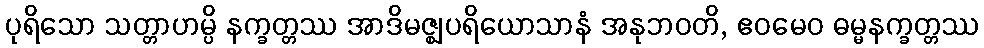
ပုရိသော သတ္တာဟမ္ပိ နက္ခတ္တဿ အာဒိမဇ္ဈပရိယောသာနံ အနုဘဝတိ, ဧဝမေဝ ဓမ္မနက္ခတ္တဿ